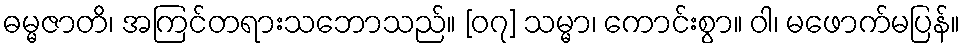
ဓမ္မဇာတိ၊ အကြင်တရားသဘောသည်။ [၀၇] သမ္မာ၊ ကောင်းစွာ။ ဝါ၊ မဖောက်မပြန်။